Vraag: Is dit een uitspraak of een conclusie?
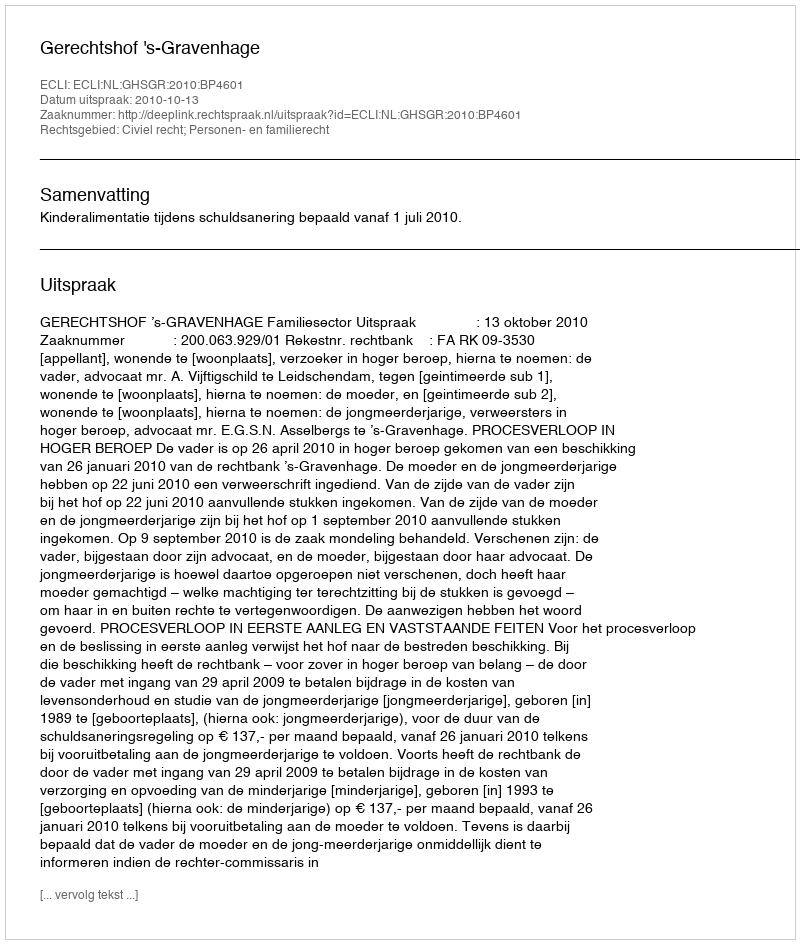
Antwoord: Uitspraak